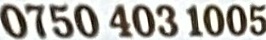
0750 403 1005